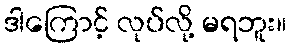
ဒါကြောင့် လုပ်လို့ မရဘူး။